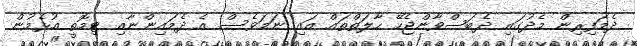
ދެމަފިރިން މެދުގައި ދެބަސްވާންޖެހޭ ހާލަތްތައް އައި ނަމަވެސް އެ ދެމައިންނާއި ޓިމޮތީ އުޅެމުން